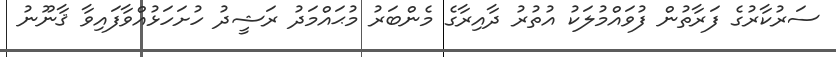
ސަރުކާރުގެ ފަރާތުން ފުވައްމުލަކު އުތުރު ދާއިރާގެ މެންބަރު މުޙައްމަދު ރަޝީދު ހުށަހަޅުއްވާފައިވާ ޤާނޫނު